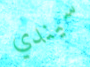
سيندي